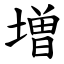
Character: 増